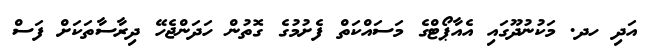
އަދި ހދ. މަކުނުދޫގައި އެއާޕޯޓްގެ މަސައްކަތް ފެށުމުގެ ގޮތުން ހަދަންޖެހޭ ދިރާސާތަކަށް ފަސް